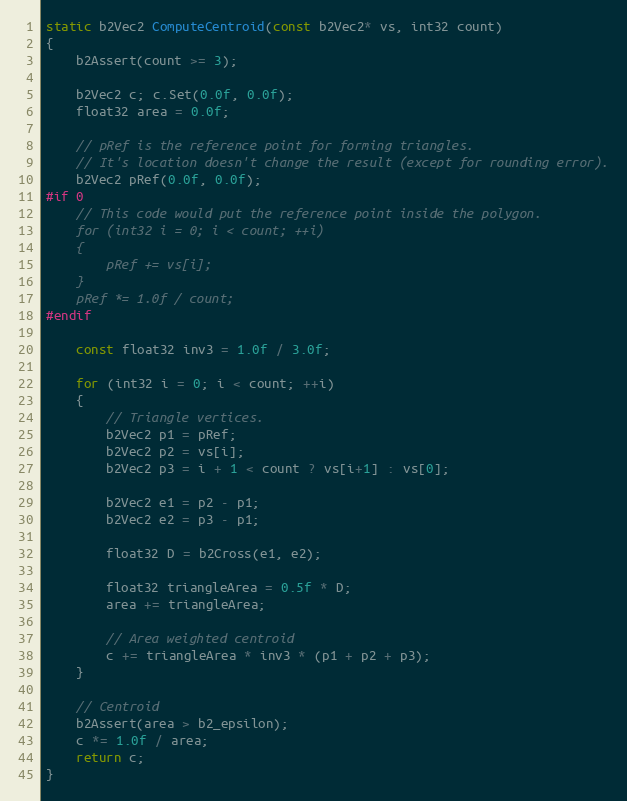
Language: C++
static b2Vec2 ComputeCentroid(const b2Vec2* vs, int32 count)
{
	b2Assert(count >= 3);

	b2Vec2 c; c.Set(0.0f, 0.0f);
	float32 area = 0.0f;

	// pRef is the reference point for forming triangles.
	// It's location doesn't change the result (except for rounding error).
	b2Vec2 pRef(0.0f, 0.0f);
#if 0
	// This code would put the reference point inside the polygon.
	for (int32 i = 0; i < count; ++i)
	{
		pRef += vs[i];
	}
	pRef *= 1.0f / count;
#endif

	const float32 inv3 = 1.0f / 3.0f;

	for (int32 i = 0; i < count; ++i)
	{
		// Triangle vertices.
		b2Vec2 p1 = pRef;
		b2Vec2 p2 = vs[i];
		b2Vec2 p3 = i + 1 < count ? vs[i+1] : vs[0];

		b2Vec2 e1 = p2 - p1;
		b2Vec2 e2 = p3 - p1;

		float32 D = b2Cross(e1, e2);

		float32 triangleArea = 0.5f * D;
		area += triangleArea;

		// Area weighted centroid
		c += triangleArea * inv3 * (p1 + p2 + p3);
	}

	// Centroid
	b2Assert(area > b2_epsilon);
	c *= 1.0f / area;
	return c;
}